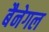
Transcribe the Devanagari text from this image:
बैनेगल